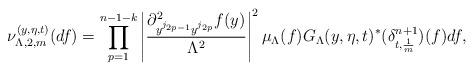
LaTeX: \begin{align*}\nu_{\Lambda,2,m}^{(y,\eta,t)}(df)=\prod_{p=1}^{n-1-k}\left|\frac{\partial^2_{y^{j_{2p-1}}y^{j_{2p}}}f(y)}{\Lambda^2}\right|^2 \mu_\Lambda(f)G_{\Lambda}(y,\eta,t)^*(\delta_{t,\frac{1}{m}}^{n+1})(f)df,\end{align*}